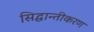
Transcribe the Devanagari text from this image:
सिद्धान्तीकरण